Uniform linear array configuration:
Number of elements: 4
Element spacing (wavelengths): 1
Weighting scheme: hamming
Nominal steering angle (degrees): -15
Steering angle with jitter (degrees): -13.847
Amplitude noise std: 0.05
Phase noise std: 0.05

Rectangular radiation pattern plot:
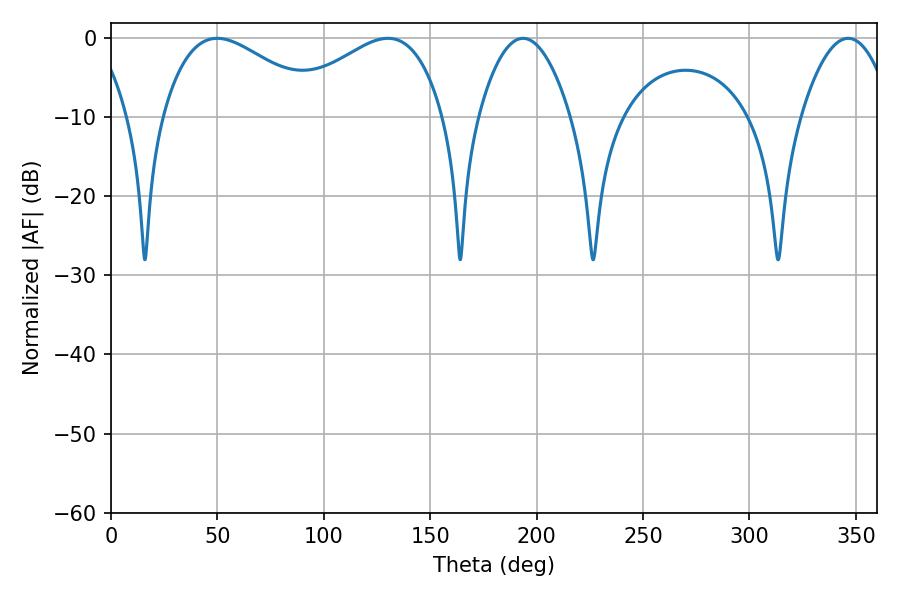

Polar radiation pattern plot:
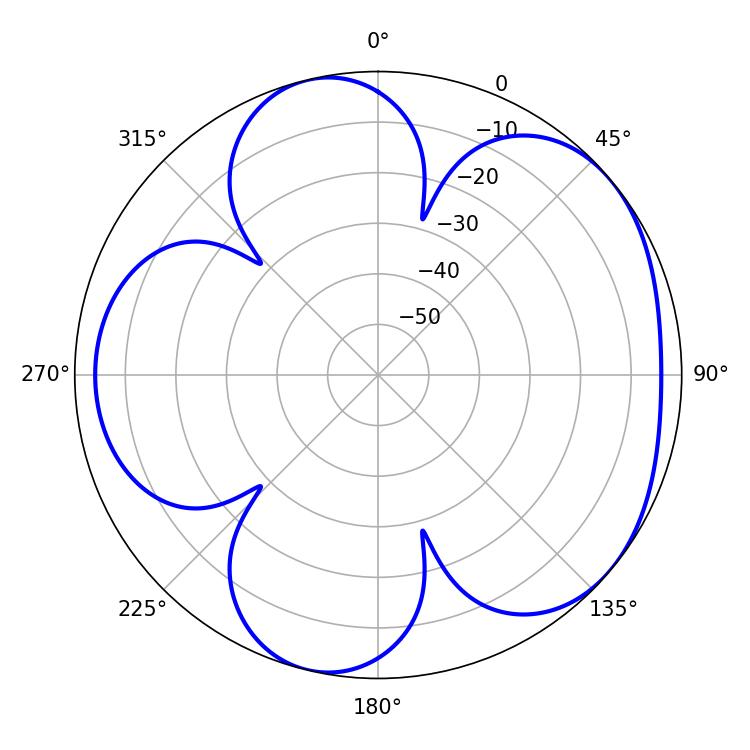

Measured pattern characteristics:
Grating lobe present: TRUE
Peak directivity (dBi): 4.78
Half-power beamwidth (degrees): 41.04
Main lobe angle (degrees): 49.86